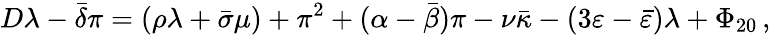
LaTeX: D\lambda-{\bar{\delta}}\pi=(\rho\lambda+{\bar{\sigma}}\mu)+\pi^{2}+(\alpha-{\bar{\beta}})\pi-\nu{\bar{\kappa}}-(3\varepsilon-{\bar{\varepsilon}})\lambda+\Phi_{20}\, ,